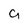
Character: 9